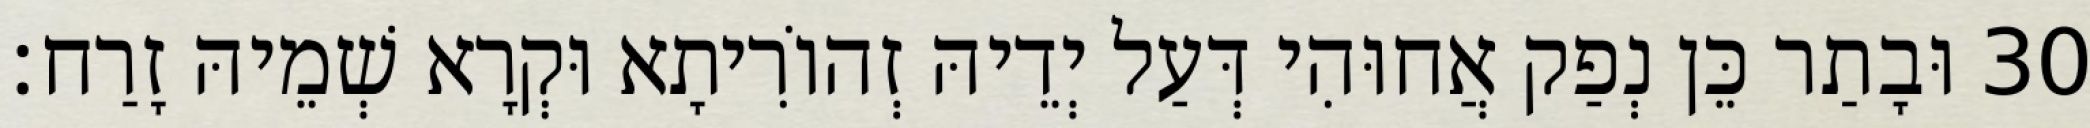
30 וּבָתַר כֵּן נְפַק אֲחוּהִי דְּעַל יְדֵיהּ זְהוֹרִיתָא וּקְרָא שְׁמֵיהּ זָרַח׃